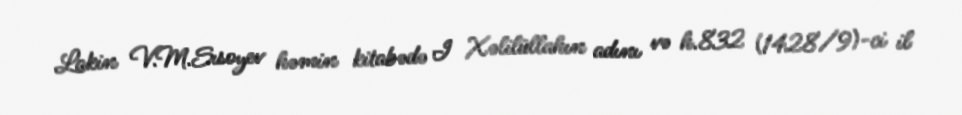
Lakin V.M.Sısoyev həmin kitabədə I Xəlilüllahın adını və h.832 (1428/9)-ci il